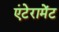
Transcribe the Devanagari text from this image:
एंटेरामेंट